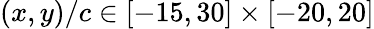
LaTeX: (x,y)/c\in[-15,30]\times[-20,20]